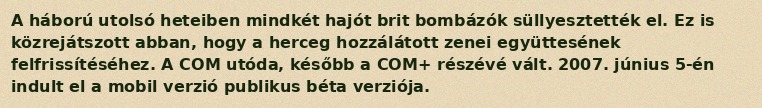
A háború utolsó heteiben mindkét hajót brit bombázók süllyesztették el. Ez is közrejátszott abban, hogy a herceg hozzálátott zenei együttesének felfrissítéséhez. A COM utóda, később a COM+ részévé vált. 2007. június 5-én indult el a mobil verzió publikus béta verziója.